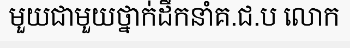
មួយជាមួយថ្នាក់ដឹកនាំគ.ជ.ប លោក